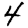
Digit: 4